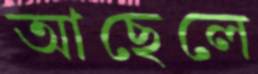
আছেলে